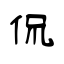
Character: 侃